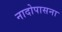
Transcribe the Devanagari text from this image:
नादोपासना